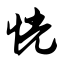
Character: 恍